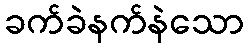
ခက်ခဲနက်နဲသော